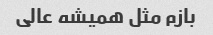
بازم مثل همیشه عالی